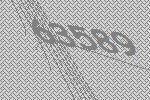
63589